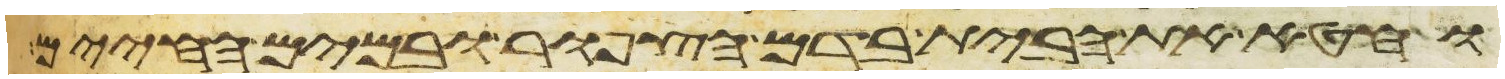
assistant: וחטא את הבית בדם הצפור ובמים החיים